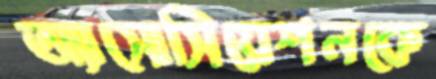
অ্যাসোসিয়েশনকে